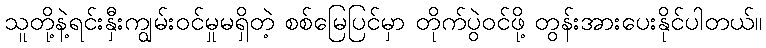
သူတို့နဲ့ရင်းနှီးကျွမ်းဝင်မှုမရှိတဲ့ စစ်မြေပြင်မှာ တိုက်ပွဲဝင်ဖို့ တွန်းအားပေးနိုင်ပါတယ်။